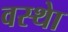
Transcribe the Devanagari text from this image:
वस्थाे